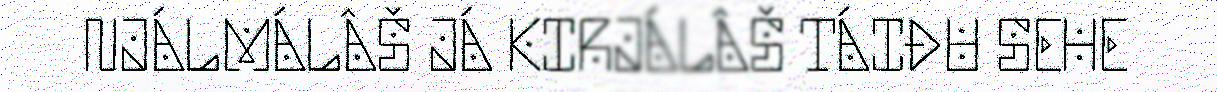
NJÁLMÁLÂŠ JÁ KIRJÁLÂŠ TÁIĐU SEHE